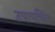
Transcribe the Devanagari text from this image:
उपापचित